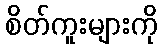
စိတ်ကူးများကို